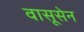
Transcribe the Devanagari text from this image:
वासूसेन